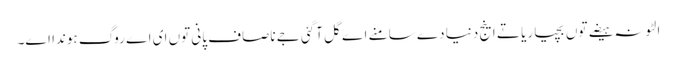
الٹونہ ہیضے توں بچیا ریا تے اینج دنیا دے سامنے اے گل آگئی جے ناصاف پانی توں ای اے روگ ہوندا اے۔